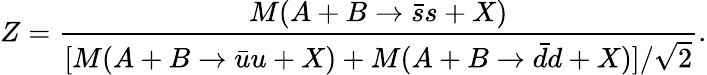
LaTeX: Z=\frac{M(A+B\rightarrow\bar{s}s+X)}{[M(A+B\rightarrow\bar{u}u+X)+M(A+B\rightarrow\bar{d}d+X)]/\sqrt{2}}.